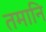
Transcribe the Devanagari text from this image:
तमानि